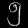
Digit: ၅